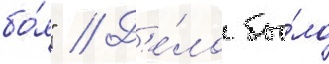
бо́я" // Д'е́ло бы́ло